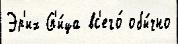
Эр'их Сп'и́ца вс'его́ обы́чно